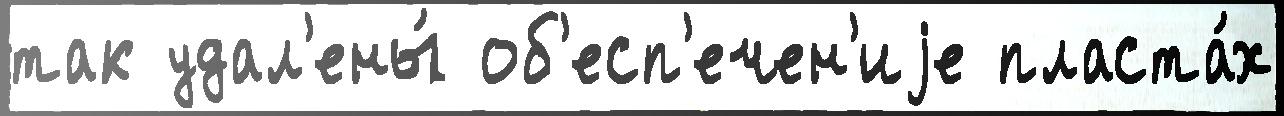
так удал'ены́ об'есп'ечен'иjе пласта́х